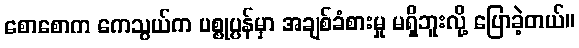
စောစောက ကေသွယ်က ပစ္စုပ္ပန်မှာ အချစ်ခံစားမှု မရှိဘူးလို့ ပြောခဲ့တယ်။